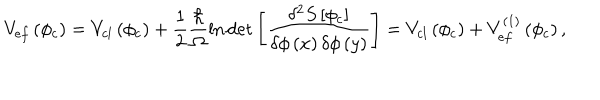
LaTeX: V _ { e f } \left( \phi _ { c } \right) = V _ { c l } \left( \phi _ { c } \right) + \frac { 1 } { 2 } \frac { \hbar } { \Omega } \ln \det \left[ \frac { \delta ^ { 2 } S \left[ \phi _ { c } \right] } { \delta \phi \left( x \right) \delta \phi \left( y \right) } \right] = V _ { c l } \left( \phi _ { c } \right) + V _ { e f } ^ { \left( 1 \right) } \left( \phi _ { c } \right) ,